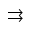
\rightrightarrows